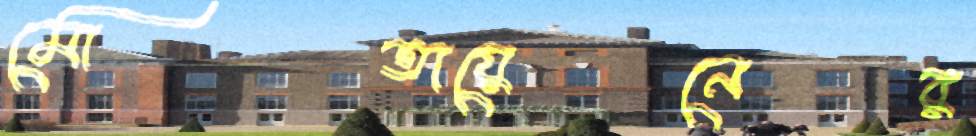
মোতায়েনের